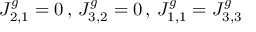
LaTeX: J _ { 2 , 1 } ^ { g } = 0 \, , \, J _ { 3 , 2 } ^ { g } = 0 \, , \, J _ { 1 , 1 } ^ { g } = J _ { 3 , 3 } ^ { g }